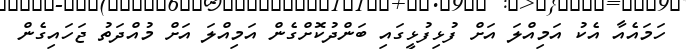
ހަމައެއާ އެކު އަމިއްލަ އަށް ފުޅިފުޅީގައި ބަންދުކޮށްގެންް އަމިއްލަ އަށް މުއްދަތު ޖަހައިގެން